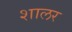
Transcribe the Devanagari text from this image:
शालर